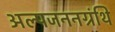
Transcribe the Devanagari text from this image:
अल्पजननग्रंथि